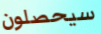
سيحصلون